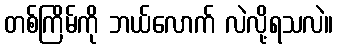
တစ်ကြိမ်ကို ဘယ်လောက် လဲလို့ရသလဲ။